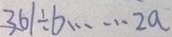
3 6 1 \div b \cdots 2 a